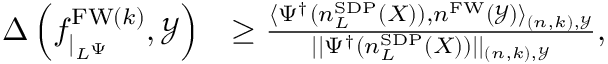
\begin{array} { r l } { \Delta \left( f _ { \vert _ { L ^ { \Psi } } } ^ { \mathrm { F W } ( k ) } , \mathcal { Y } \right) } & { \ge \frac { \langle \Psi ^ { \dagger } ( n _ { L } ^ { \mathrm { S D P } } ( X ) ) , n ^ { \mathrm { F W } } ( \mathcal { Y } ) \rangle _ { { ( n , k ) , \mathcal { Y } } } } { \vert \vert \Psi ^ { \dagger } ( n _ { L } ^ { \mathrm { S D P } } ( X ) ) \vert \vert _ { { ( n , k ) , \mathcal { Y } } } } , } \end{array}